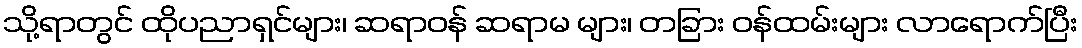
သို့ရာတွင် ထိုပညာရှင်များ၊ ဆရာဝန် ဆရာမ များ၊ တခြား ဝန်ထမ်းများ လာရောက်ပြီး